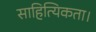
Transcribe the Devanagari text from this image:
साहित्यिकता।